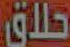
حلاق